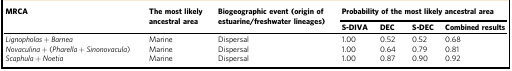
| <ROWSPAN=2> MRCA | <ROWSPAN=2> The most likely ancestral area | <ROWSPAN=2> Biogeographic event (origin of estuarine/freshwater lineages) | <COLSPAN=4> Probability of the most likely ancestral area |
 | S-DIVA | DEC | S-DEC | Combined results |
 | --- | --- | --- | --- | --- | --- | --- |
 | Lignopholas + Barnea | Marine | Dispersal | 1.00 | 0.52 | 0.52 | 0.68 |
 | Novaculina + (Pharella + Sinonovacula) | Marine | Dispersal | 1.00 | 0.64 | 0.79 | 0.81 |
 | Scaphula + Noetia | Marine | Dispersal | 1.00 | 0.87 | 0.90 | 0.92 |